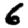
Digit: 6